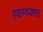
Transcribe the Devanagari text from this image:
स्वास्थ्यगत